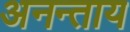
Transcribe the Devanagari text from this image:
अनन्ताय